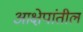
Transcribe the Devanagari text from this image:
आक्षेपांतील